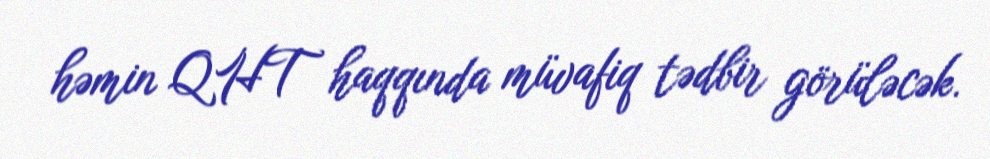
həmin QHT haqqında müvafiq tədbir görüləcək.